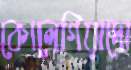
কোলেগিয়াদো